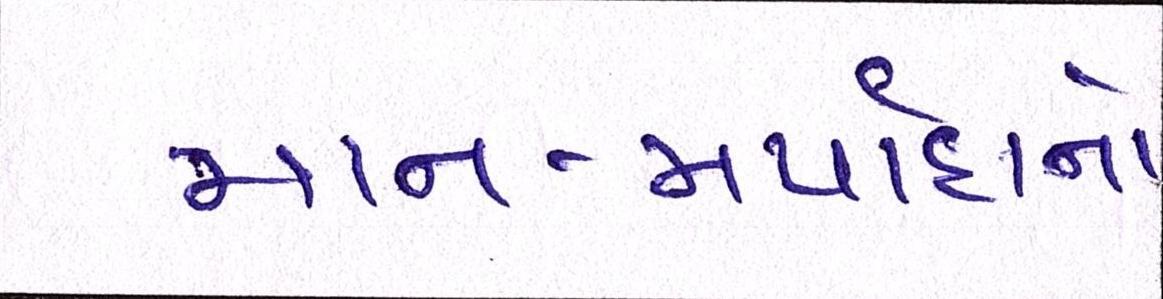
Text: માન-મર્યાદાનો